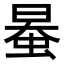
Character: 𧋯